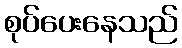
စုပ်ပေးနေသည်